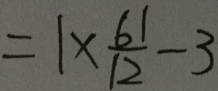
= 1 \times \frac { 6 1 } { 1 2 } - 3